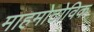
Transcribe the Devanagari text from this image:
माहमोटोविक